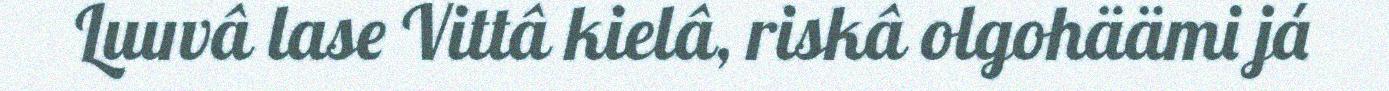
Luuvâ lase Vittâ kielâ, riskâ olgohäämi já